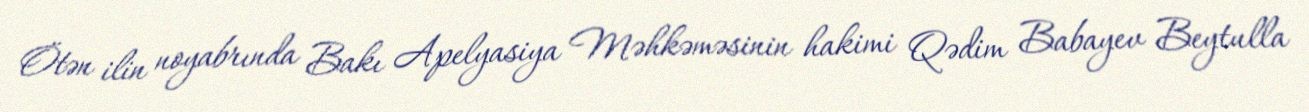
Ötən ilin noyabrında Bakı Apelyasiya Məhkəməsinin hakimi Qədim Babayev Beytulla